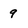
Character: 9